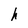
Character: h